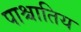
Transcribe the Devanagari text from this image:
पाश्चातिय